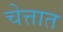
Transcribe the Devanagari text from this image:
चेत्तात